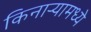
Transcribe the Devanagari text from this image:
किनाऱ्यामध्ये